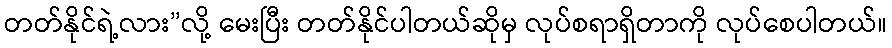
တတ်နိုင်ရဲ့လား”လို့ မေးပြီး တတ်နိုင်ပါတယ်ဆိုမှ လုပ်စရာရှိတာကို လုပ်စေပါတယ်။